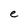
Character: e